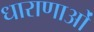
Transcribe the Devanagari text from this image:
धाराणाओं